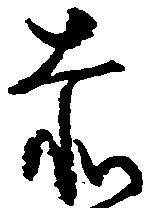
赤